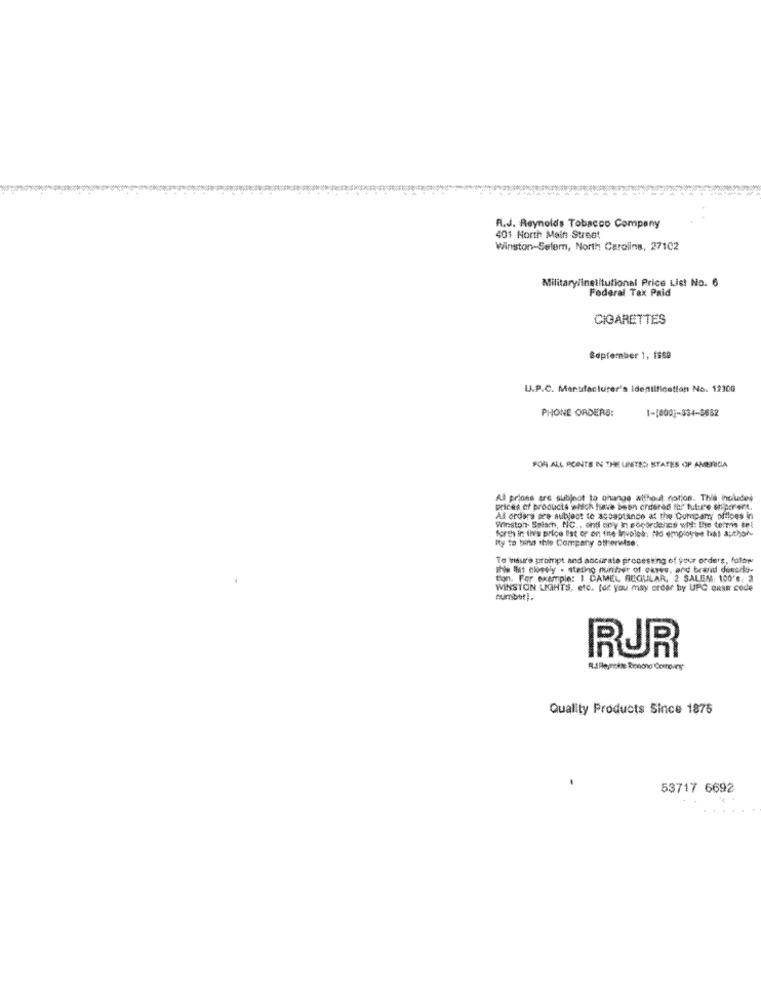
R.J. Reynolds Tobacco Company
401 North Main Street
Winston-Selem, North Carolina, 27102
Military/institutional Price List No. 6
Federal Tax Paid
CIGARETTES
September 1, 1989
U.P.C. Manufacturer's Identification No. 12300
PHONE ORDERS:
1-1600)-334-5682
FOR ALL POINTS IN THE UNITED STATES OF AMERICA
Al prions are subject to change without notion. This includes
prices of products andch have been ordered to/ tutul'e oreporent.
Winston Salach, NC .. and cry in sopordehes why: Ihn telmis tet
Al orders see subject to acceptance at the Company offices in
forth in tiva price flat or on fite Involes: No employee has author
My to bind this Company otherwise:
To bau'e prompt and ancurate pro
esing of your orders, fotor
INa list closely - stetho nunter of oures, and brand de
tion. For example: I CAMEL AUGILLAR, 2 SALEM: 100's: 3
WINSTON LKAHTS, etc. for. you may order by UPC pass code
oumbtt).
RUR
Quality Products Since 1875
53717 6692